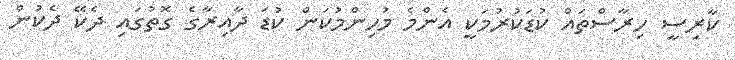
ކާރިސީ ހިރާސްތައް ކުޑަކުރުމަކީ އެންމެ މުހިންމުކަން ކުޑަ ދާއިރާގެ ގޮތުގައި ދެކޭ ދެކުން